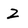
Character: Z